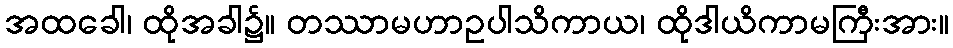
အထခေါ၊ ထိုအခါ၌။ တဿာမဟာဥပါသိကာယ၊ ထိုဒါယိကာမကြီးအား။